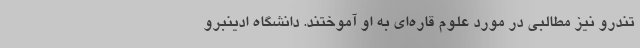
تندرو نیز مطالبی در مورد علوم قاره‌ای به او آموختند. دانشگاه ادینبرو